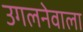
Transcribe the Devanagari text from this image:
उगलनेवाला